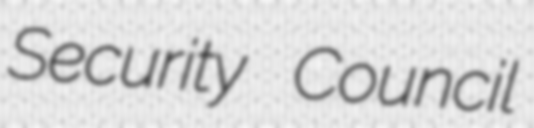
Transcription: Security Council